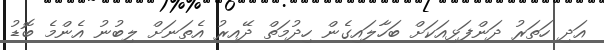
އަދި ހަތަރު ދަންފަޅިއަކަށް ބަހާލައިގެން ހިދުމަތް ދޭއިރު އެތަނަށް ލިބުނު އެންމެ ބޮޑު